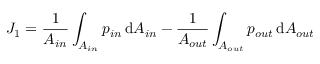
J _ { 1 } = \frac { 1 } { A _ { i n } } \int _ { A _ { i n } } p _ { i n } \, \mathrm { d } A _ { i n } - \frac { 1 } { A _ { o u t } } \int _ { A _ { o u t } } p _ { o u t } \, \mathrm { d } A _ { o u t }